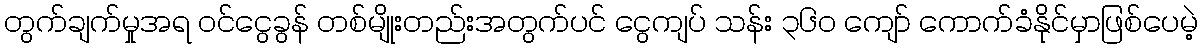
တွက်ချက်မှုအရ ဝင်ငွေခွန် တစ်မျိုးတည်းအတွက်ပင် ငွေကျပ် သန်း ၃၆၀ ကျော် ကောက်ခံနိုင်မှာဖြစ်ပေမဲ့